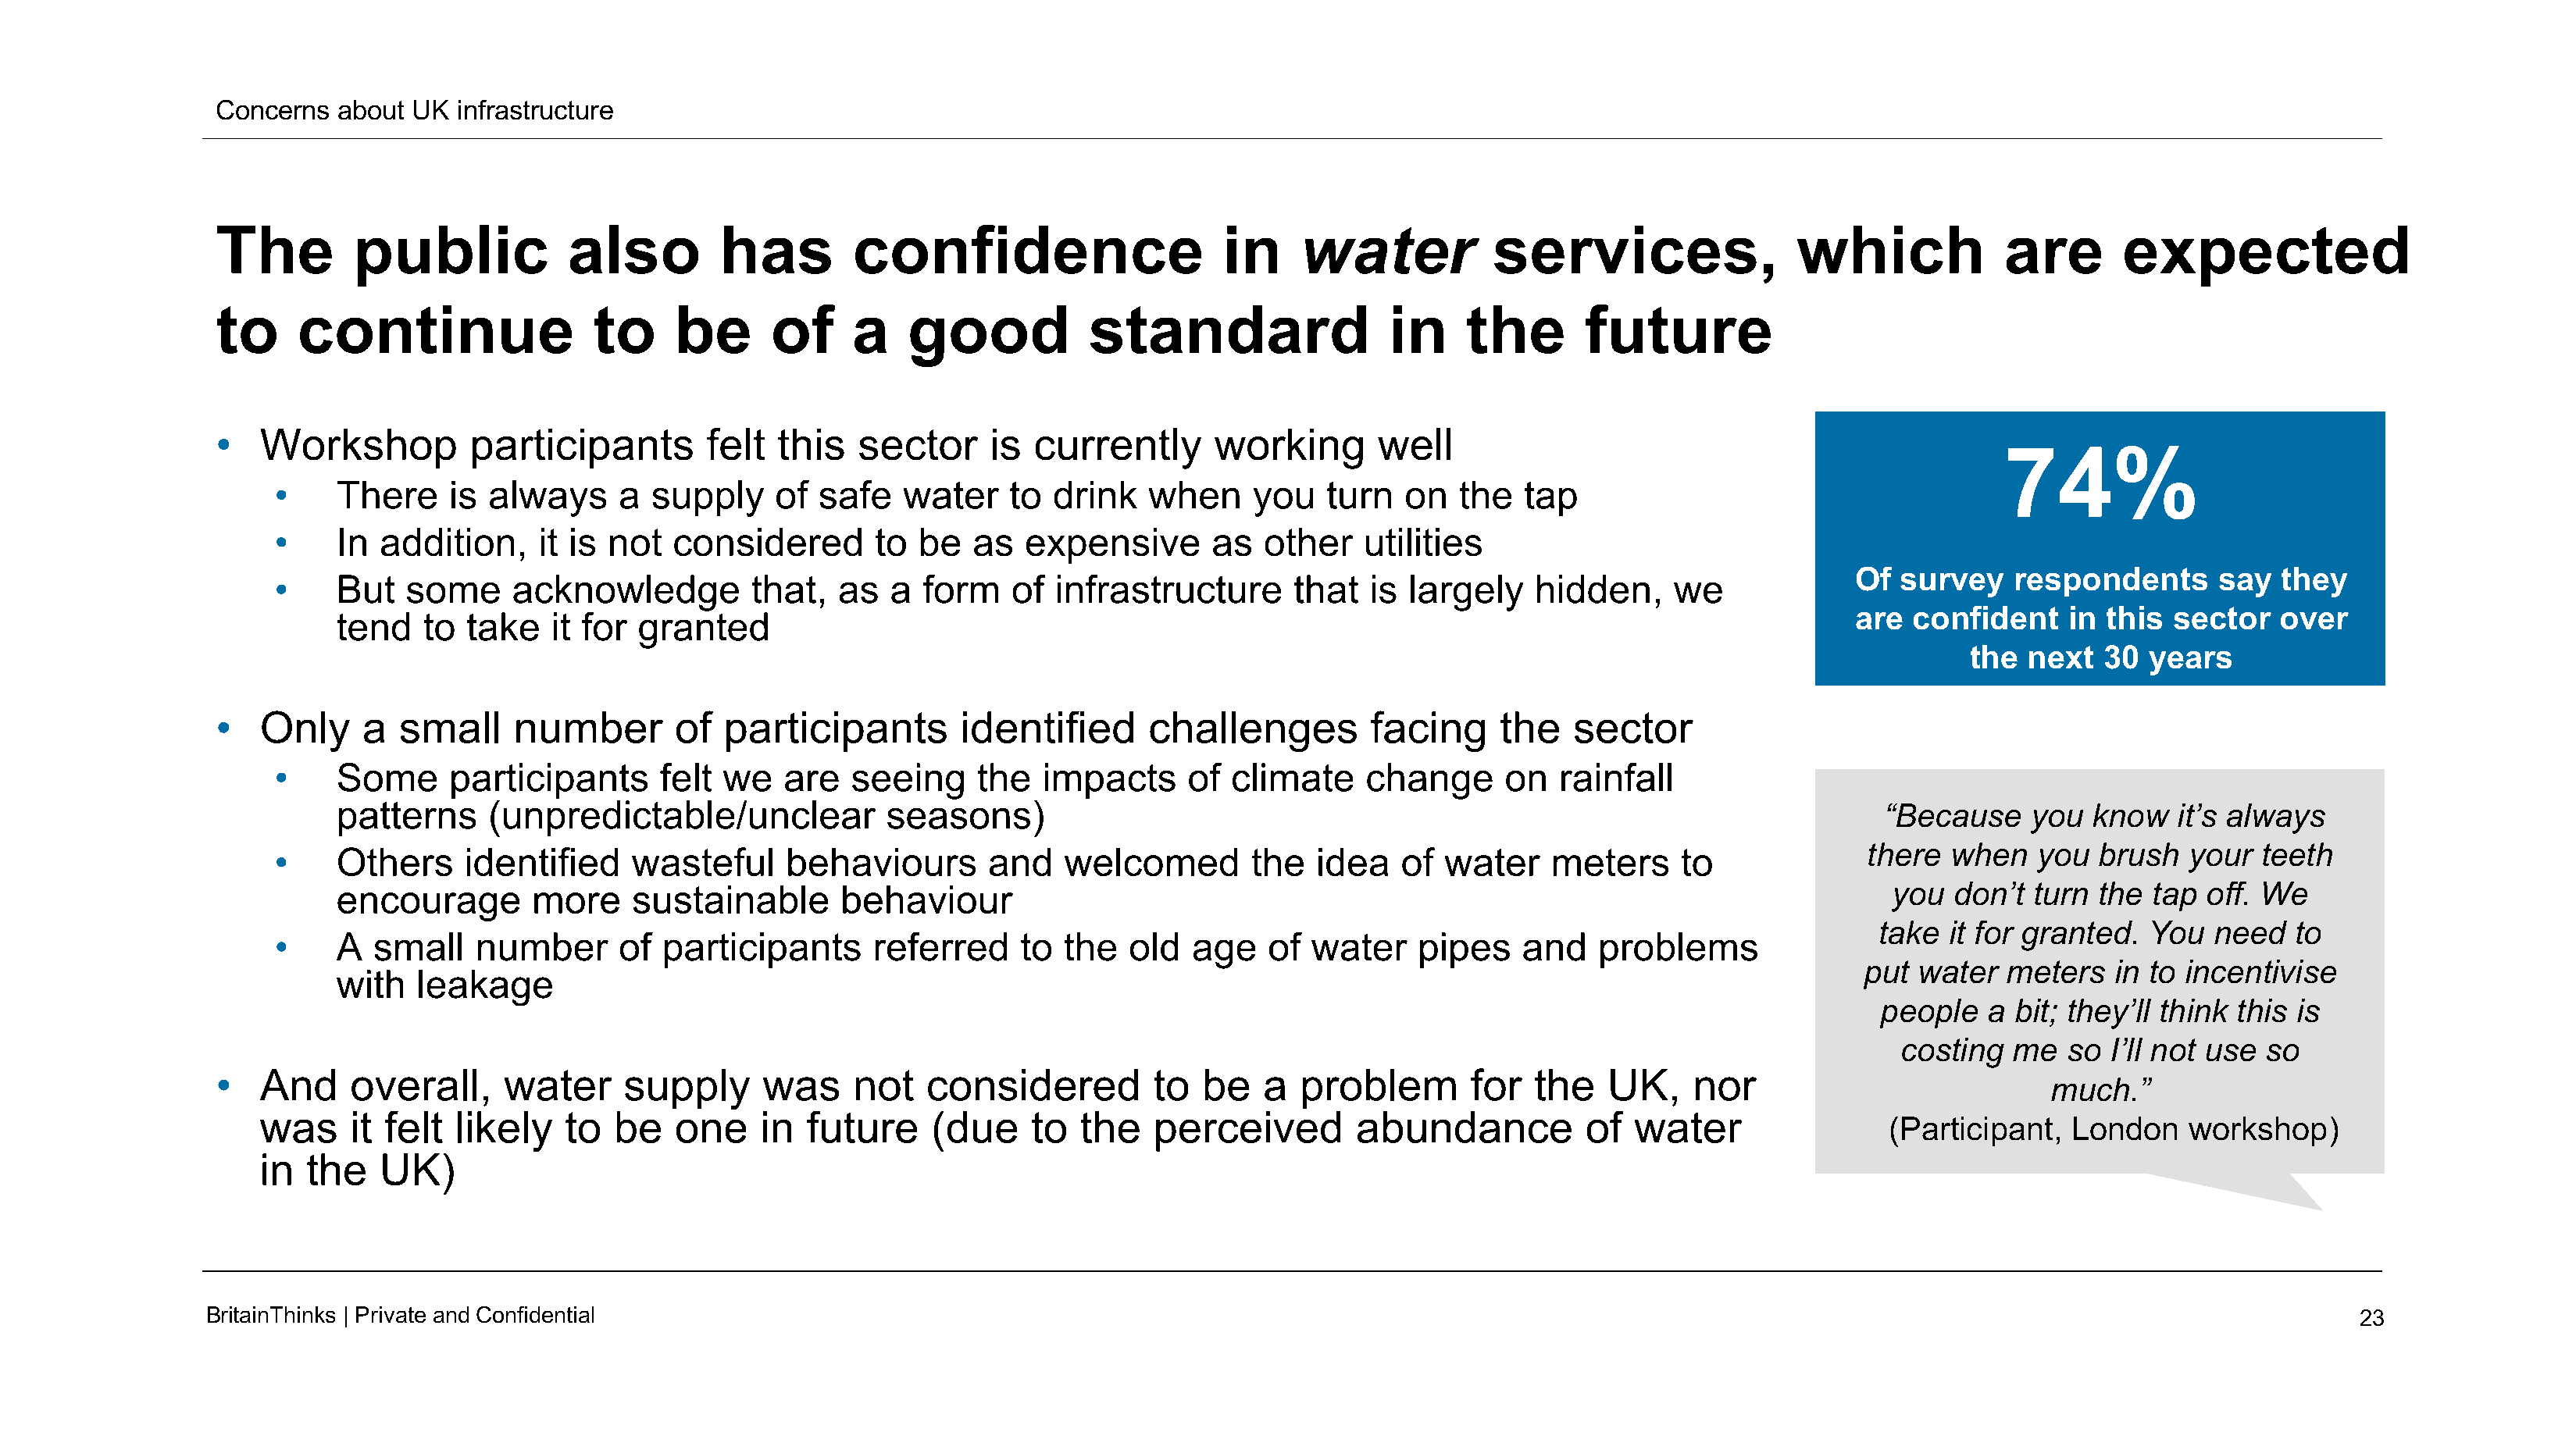
Concerns   about UK  infrastructure
 The         public            also         has        confidence                      in    water            services,                which             are       expected
 to     continue                 to     be      of     a    good           standard                  in    the       future
 •   Workshop          participants        felt  this   sector     is  currently      working       well
 74%
 •     There    is always     a  supply     of safe    water    to drink   when     you   turn   on   the  tap
 •     In addition,     it is not  considered       to  be  as   expensive       as  other    utilities
 Of  survey    respondents      say  they
 •     But  some     acknowledge          that,  as  a  form    of infrastructure       that  is largely    hidden,     we
 are  confident    in  this sector   over
 tend   to  take   it for granted
 the  next  30  years
 •   Only     a  small     number       of  participants        identified      challenges         facing     the   sector
 •     Some     participants      felt we   are   seeing     the  impacts      of climate     change      on  rainfall
 patterns    (unpredictable/unclear            seasons)                                                                             “Because    you  know    it’s always
 •     Others    identified     wasteful     behaviours       and   welcomed        the   idea   of water    meters     to              there  when    you  brush   your  teeth
 encourage       more     sustainable      behaviour                                                                                you   don’t turn  the tap  off. We
 take  it for granted.  You   need   to
 •     A  small   number      of  participants      referred    to  the   old  age   of  water    pipes    and   problems
 put  water  meters   in to incentivise
 with  leakage
 people   a  bit; they’ll think this is
 costing   me  so  I’ll not use so
 •   And     overall,     water     supply      was    not    considered         to  be   a  problem        for  the   UK,    nor
 much.”
 was     it felt  likely   to  be   one    in  future     (due    to   the   perceived        abundance          of   water
 (Participant,   London    workshop)
 in  the   UK)
 BritainThinks | Private andConfidential                                                                                                                                                23